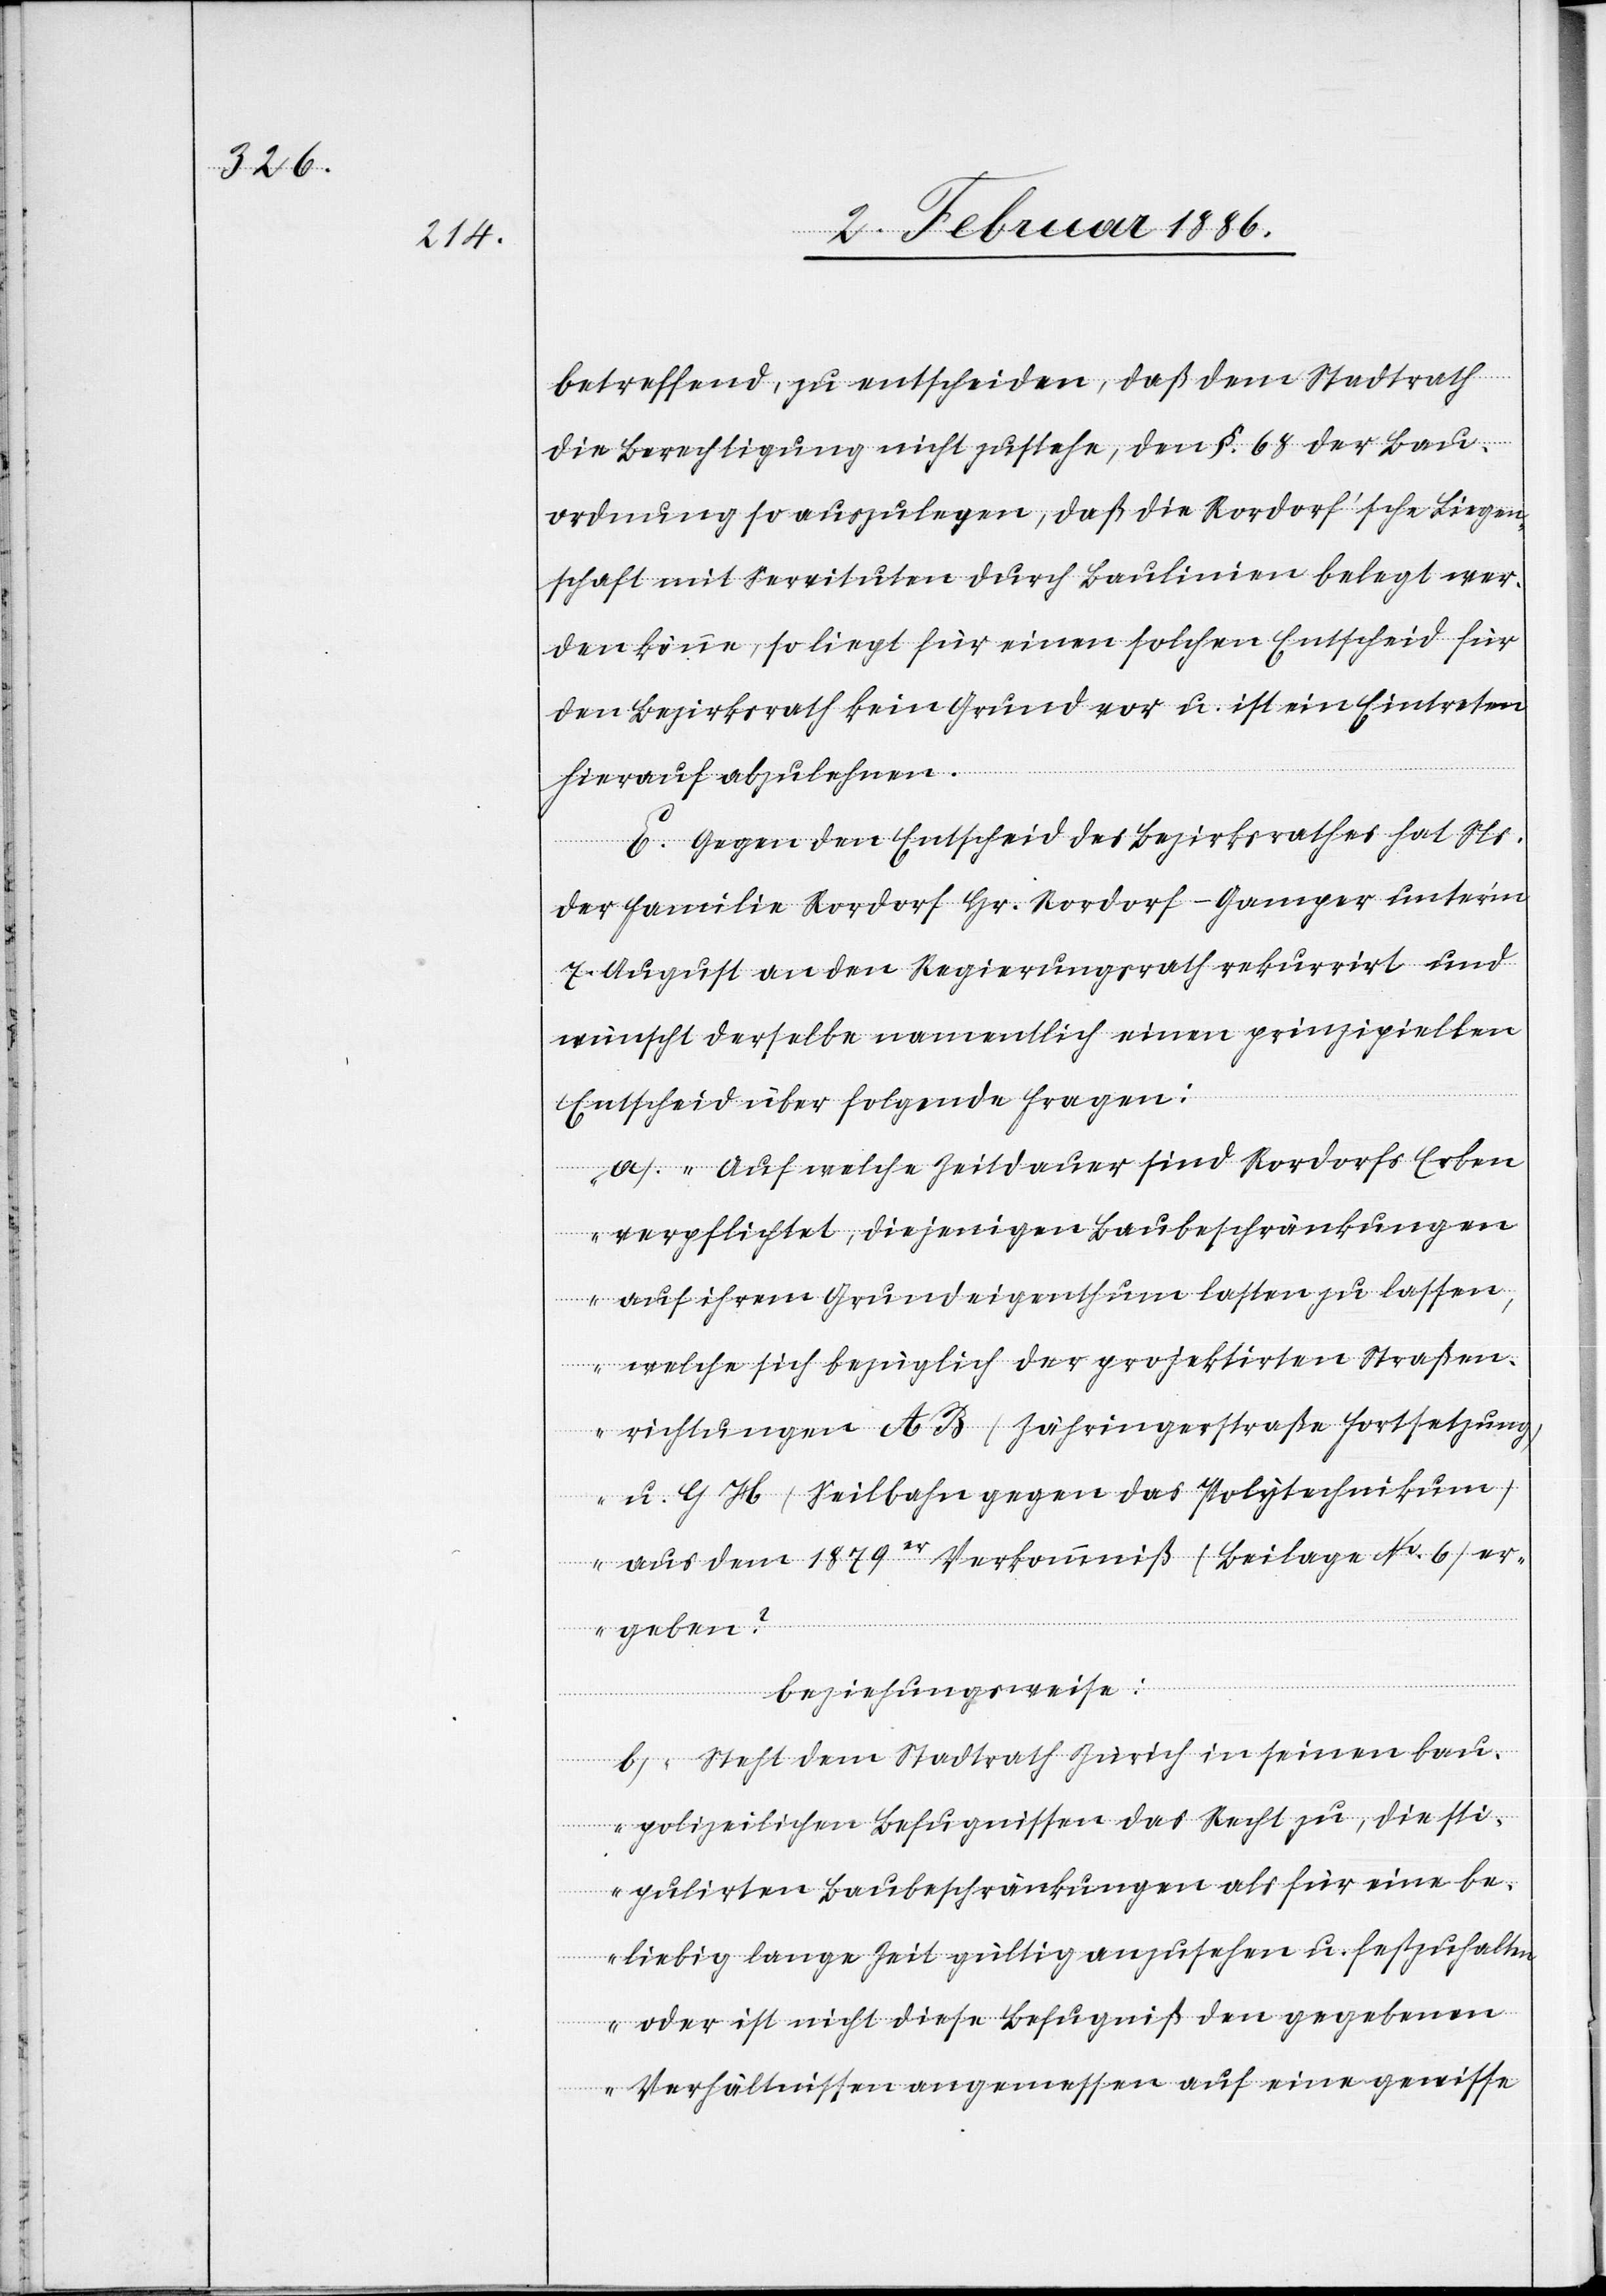
betreffend, zu entscheiden, daß dem Stadtrath
die Berechtigung nicht zustehe, den §. 68 der Bau¬
ordnung so auszulegen, daß die Rordorf’sche Liegen¬
schaft mit Servituten durch Baulinien belegt wer¬
den könne, so liegt für einen solchen Entscheid für
den Bezirksrath kein Grund vor u. ist ein Eintreten
hierauf abzulehnen.
E. Gegen den Entscheid des Bezirksrathes hat Ns.
der Familie Rordorf Hr. Rordorf-Gamper unter’m
7. August an den Regierungsrath rekurrirt und
wünscht derselbe namentlich einen prinzipiellen
Entscheid über folgende Fragen:
a) „Auf welche Zeitdauer sind Rordorfs Erben
verpflichtet, diejenigen Baubeschränkungen
auf ihrem Grundeigenthum lasten zu lassen,
welche sich bezüglich der projektierten Straßen¬
richtungen A B (Zähringerstraße Fortsetzung)
u. G H (Seilbahn gegen des Polytechnikum)
aus dem 1879er Vorkommniß (Beilage No. 6) er¬
geben?
Beziehungsweise:
b) Steht dem Stadtrath Zürich in seinen bau¬
polizeilichen Befugnissen das Recht zu, die sti¬
pulirten Baubeschränkungen als für eine be¬
liebig lange Zeit gültig anzusehen u. festzusetze¬
n oder ist nicht diese Befugniß den gegeben
Verhältnissen angemessen auf eine gewisse